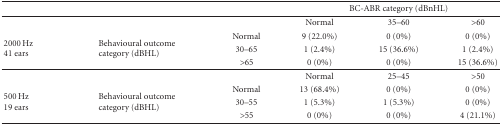
<table><thead><tr><td><b> </b></td><td><b> </b></td><td><b> </b></td><td colspan="3"><b>BC-ABR category (dBnHL)</b></td></tr></thead><tbody><tr><td> </td><td> </td><td> </td><td>Normal</td><td>35–60</td><td>&gt;60</td></tr><tr><td rowspan="3">2000 Hz41 ears</td><td rowspan="3">Behavioural outcome category (dBHL)</td><td>Normal</td><td>9 (22.0%)</td><td>0 (0%)</td><td>0 (0%)</td></tr><tr><td>30–65</td><td>1 (2.4%)</td><td>15 (36.6%)</td><td>1 (2.4%)</td></tr><tr><td>&gt;65</td><td>0 (0%)</td><td>0 (0%)</td><td>15 (36.6%)</td></tr><tr><td> </td><td> </td><td> </td><td>Normal</td><td>25–45</td><td>&gt;50</td></tr><tr><td rowspan="3">500 Hz19 ears</td><td rowspan="3">Behavioural outcome category (dBHL)</td><td>Normal</td><td>13 (68.4%)</td><td>0 (0%)</td><td>0 (0%)</td></tr><tr><td>30–55</td><td>1 (5.3%)</td><td>1 (5.3%)</td><td>0 (0%)</td></tr><tr><td>&gt;55</td><td>0 (0%)</td><td>0 (0%)</td><td>4 (21.1%)</td></tr></tbody></table>